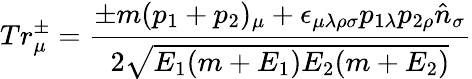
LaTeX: Tr_{\mu}^{\pm}={\frac{\pm m(p_{1}+p_{2})_{\mu}+\epsilon_{\mu\lambda\rho\sigma}p_{1\lambda}p_{2\rho}{\hat{n}}_{\sigma}}{2\sqrt{E_{1}(m+E_{1})E_{2}(m+E_{2})}}}